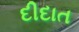
દીદાત